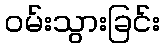
ဝမ်းသွားခြင်း